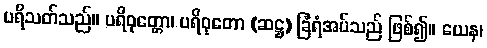
ပရိသတ်သည်။ ပရိဝုတ္တော၊ ပရိဝုတော (ဆဋ္ဌ) ခြံရံအပ်သည် ဖြစ်၍။ ယေန၊